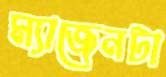
ম্যাজেনটা